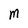
Character: M